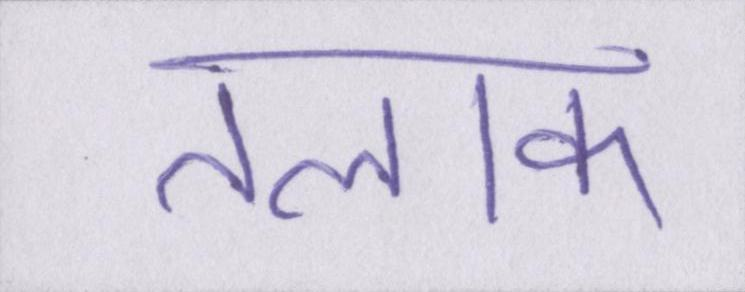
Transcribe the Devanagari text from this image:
तलाक